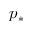
p _ { \ast }